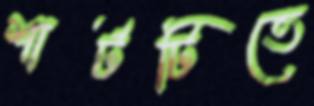
শার্টটিতে